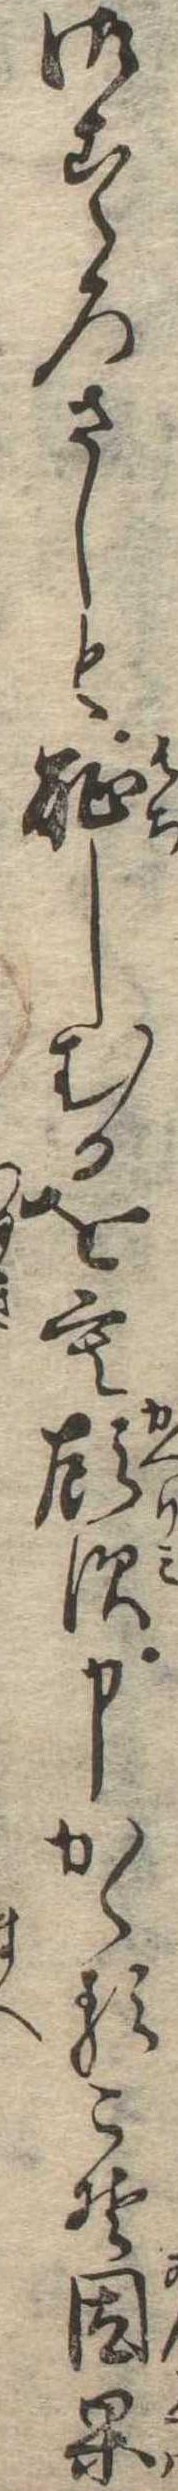
御こゝろさしと恥しむるをも顧す申かゝるこそ因果